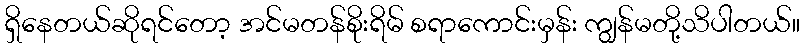
ရှိနေတယ်ဆိုရင်တော့ အင်မတန်စိုးရိမ် စရာကောင်းမှန်း ကျွန်မတို့သိပါတယ်။